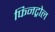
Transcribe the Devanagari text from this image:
फिनट्रोल